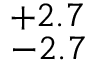
^ { + 2 . 7 } _ { - 2 . 7 }